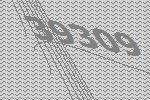
39309